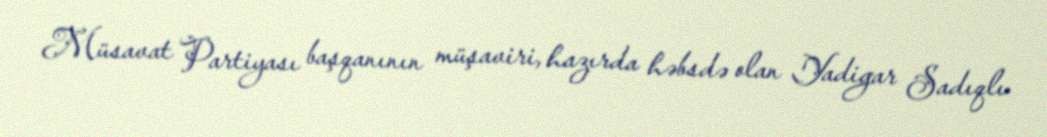
Müsavat Partiyası başqanının müşaviri, hazırda həbsdə olan Yadigar Sadıqlı